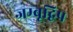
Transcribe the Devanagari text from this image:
जम्बूद्विप